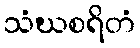
သံဃစရိတံ